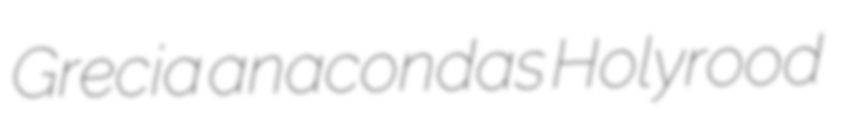
Grecia anacondas Holyrood